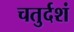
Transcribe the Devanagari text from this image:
चतुर्दशं